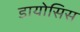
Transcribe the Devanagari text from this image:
डायोसिस